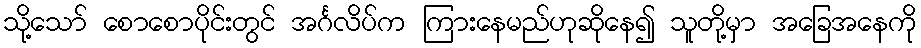
သို့သော် စောစောပိုင်းတွင် အင်္ဂလိပ်က ကြားနေမည်ဟုဆိုနေ၍ သူတို့မှာ အခြေအနေကို